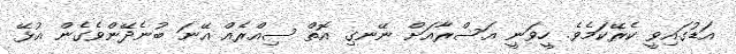
އަޑުގައިވީ ކެރޭކަމެވެ. ހީވަނީ އަސްރާއަށް ނޭނގި އޮތް ސިއްރެއް އޭނަ ބުނެދޭންވެގެން އުޅޭ